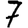
Digit: 7